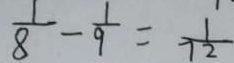
\frac { 1 } { 8 } - \frac { 1 } { 9 } = \frac { 1 } { 7 2 }